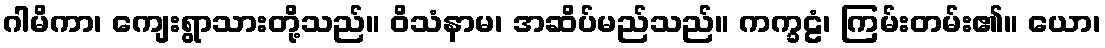
ဂါမိကာ၊ ကျေးရွာသားတို့သည်။ ဝိသံနာမ၊ အဆိပ်မည်သည်။ ကက္ခဠံ၊ ကြမ်းတမ်း၏။ ယော၊